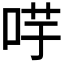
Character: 𭇻